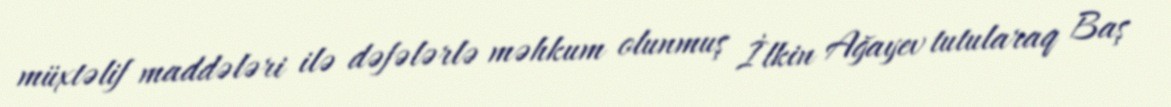
müxtəlif maddələri ilə dəfələrlə məhkum olunmuş İlkin Ağayev tutularaq Baş